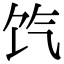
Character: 饩